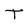
Character: T